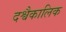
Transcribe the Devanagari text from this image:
दश्वैकालिक